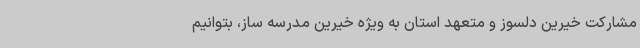
مشارکت خیرین دلسوز و متعهد استان به ویژه خیرین مدرسه ساز، بتوانیم